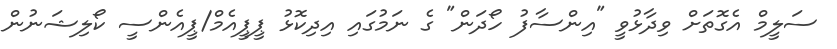
ސަލީމް އެގޮތަށް ވިދާޅުވީ "އިންސާފު ހޯދަން" ގެ ނަމުގައި އިދިކޮޅު ޕީޕީއެމް/ޕީއެންސީ ކޯލިޝަނުން